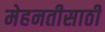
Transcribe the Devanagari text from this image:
मेहनतीसाठी